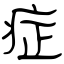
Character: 症